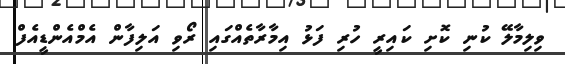
ވިލިމާލޭ ކުނި ކޮށި ކައިރީ ހުރި ފަޅު އިމާރާތެއްގައި ރޯވި އަލިފާން އެމްއެންޑީއެފް